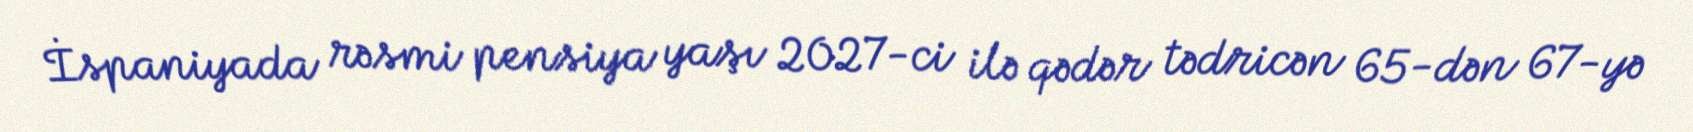
İspaniyada rəsmi pensiya yaşı 2027-ci ilə qədər tədricən 65-dən 67-yə